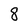
Character: 8